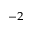
^ { - 2 }